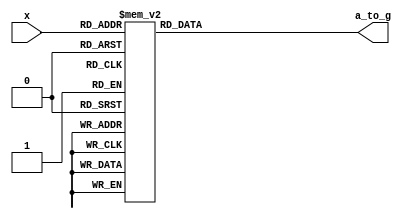
// Example 13a: Hex to 7-segment decoder; a-g active low.
// this order changed for for DE10-lite

// Belongs to Greig Scott

module hex7segA (
input wire [3:0] x,
output reg [6:0] a_to_g
);

always @(*)
	case(x)
	0: a_to_g = 7'b1000000;
	1: a_to_g = 7'b1111001; 
	2: a_to_g = 7'b0100100; 
	3: a_to_g = 7'b0110000; 
	4: a_to_g = 7'b0011001; 
	5: a_to_g = 7'b0010010; 
	6: a_to_g = 7'b0000010; 
	7: a_to_g = 7'b1111000; 
	8: a_to_g = 7'b0000000;
	9: a_to_g = 7'b0010000; 
	'hA: a_to_g = 7'b0001000; 
	'hB: a_to_g = 7'b0000011; 
	'hC: a_to_g = 7'b1000110; 
	'hD: a_to_g = 7'b0100001; 
	'hE: a_to_g = 7'b0000110; 
	'hF: a_to_g = 7'b0001110; 
	default: a_to_g = 7'b1000000;  // 0
endcase
endmodule